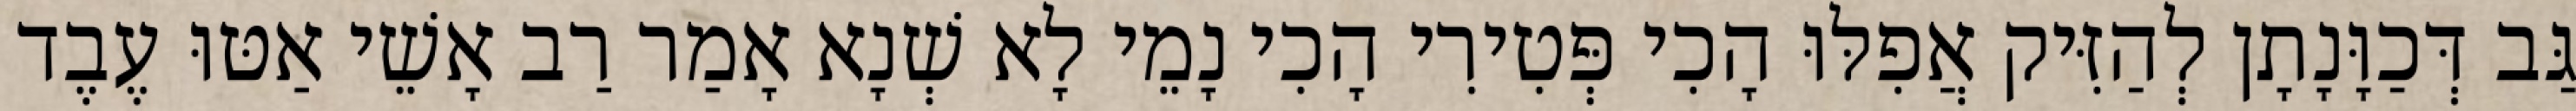
גַּב דְּכַוָּנָתָן לְהַזִּיק אֲפִלּוּ הָכִי פְּטִירִי הָכִי נָמֵי לָא שְׁנָא אָמַר רַב אָשֵׁי אַטּוּ עֶבֶד